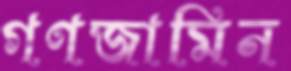
গণজামিন